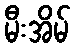
မီးအိမ်